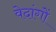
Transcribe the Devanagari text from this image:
वेदांगाें